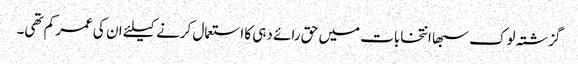
گزشتہ لوک سبھا انتخابات میں حق رائے دہی کا استعمال کرنے کیلئے ان کی عمر کم تھی۔